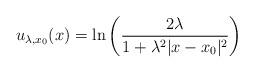
LaTeX: \begin{align*}u_{\lambda,x_0}(x)=\ln \left(\frac{2\lambda}{1+\lambda^2|x-x_0|^2}\right)\end{align*}